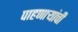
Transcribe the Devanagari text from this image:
पाहणाऱ्यांची